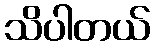
သိပါတယ်